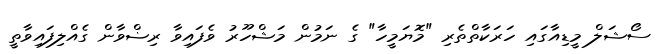
ސޯޝަލް މީޑިއާގައި ހަރަކާތްތެރި "މޮޔަމީހާ" ގެ ނަމުން މަޝްހޫރު ވެފައިވާ ރިޟްވާން ގެއްލިފައިވާތީ